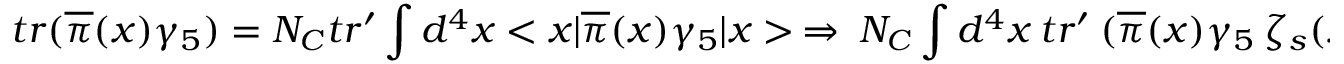
t r ( \overline { { { \pi } } } ( x ) \gamma _ { 5 } ) = N _ { C } t r ^ { \prime } \int d ^ { 4 } x < x | \overline { { { \pi } } } ( x ) \gamma _ { 5 } | x > ~ \Rightarrow ~ N _ { C } \int d ^ { 4 } x ~ t r ^ { \prime } ~ ( \overline { { { \pi } } } ( x ) \gamma _ { 5 } ~ \zeta _ { s } ( x ) ) ~ ,